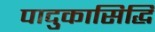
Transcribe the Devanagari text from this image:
पादुकासिद्धि